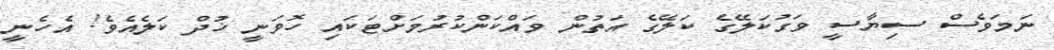
ނަމަވެސް ސިޔާސީ ވަގުކަލޭގެ ކަލޭގެ އަތުން ވައްކަންކުރުމަށްޓަކައި ހޮވަނީ ޚުދް ކަލެއެވެ! އެހެނީ